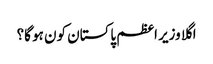
اگلا وزیر اعظم پاکستان کون ہو گا؟